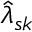
\hat { \lambda } _ { s k }